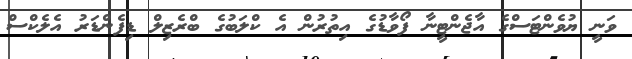
ވަނީ ޔުވެންޓަސްގެ އާޖެންޓީނާ ފޯވާޑުގެ އިތުރުން އެ ކްލަބުގެ ބްރެޒިލް ޑިފެންޑަރު އެލެކްސް